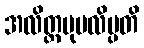
အလိတ္တမုပလိမ္ပတိ